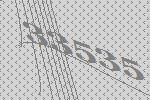
33535